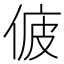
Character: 𠉷